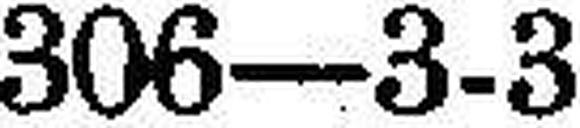
306—3-3